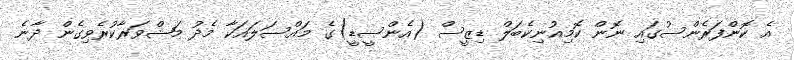
އެ ކޮންފަރެންސުގައި ނޮން ކޮމިއުނިކެބަލް ޑިޒީސް (އެންސީޑީ)ގެ މައްސަލައަކާ މެދު މަޝްވަރާކުރެވިގެން ދާނެ